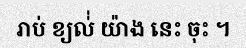
រាប់ ខ្យល់់ យ៉ាង នេះ ចុះ ។